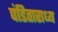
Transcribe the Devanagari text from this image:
पंडिताराध्य